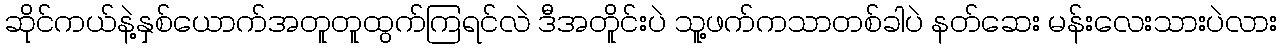
ဆိုင်ကယ်နဲ့နှစ်ယောက်အတူတူထွက်ကြရင်လဲ ဒီအတိူင်းပဲ သူ့ဖက်ကသာတစ်ခါပဲ နတ်ဆေး မန်းလေးသားပဲလား